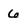
Character: 6